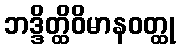
ဘဒ္ဒိတ္ထိဝိမာနဝတ္ထု